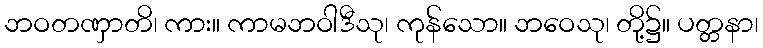
ဘဝတဏှာတိ၊ ကား။ ကာမဘဝါဒီသု၊ ကုန်သော။ ဘဝေသု၊ တို့၌။ ပတ္တနာ၊